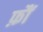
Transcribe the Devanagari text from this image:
फ़ौं